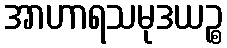
အာဟာရသမုဒယဉ္စ